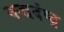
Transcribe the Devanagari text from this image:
वज्रदंष्ट्र